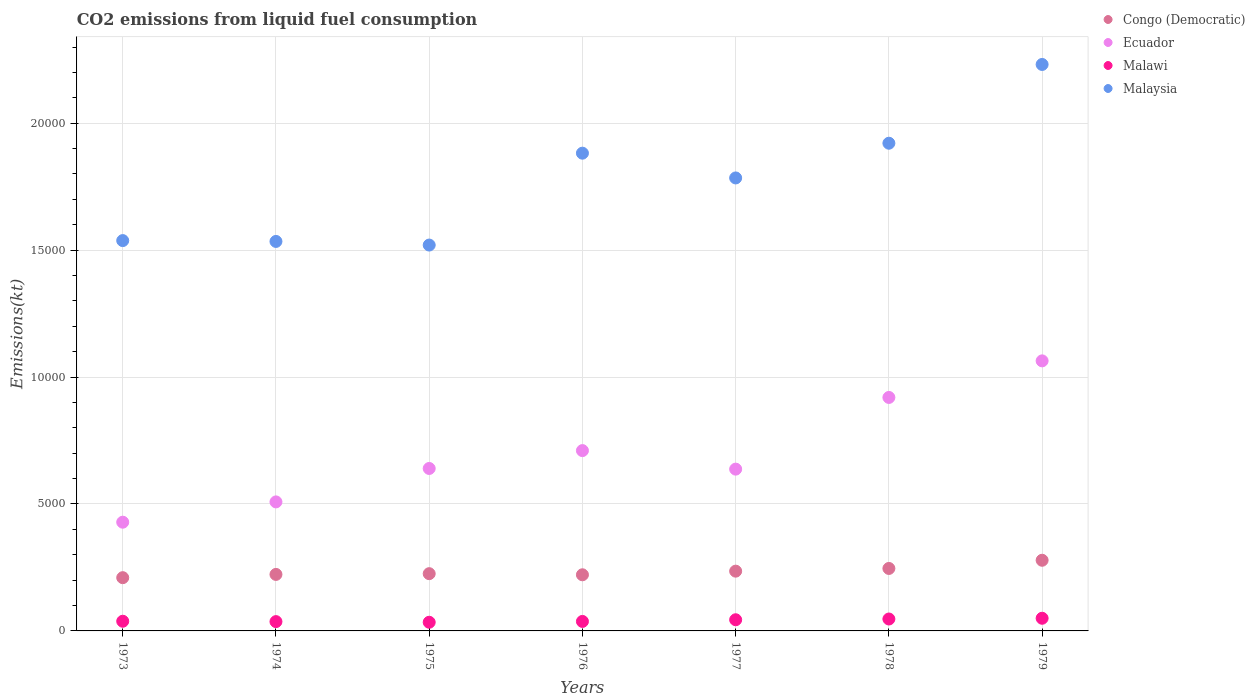
| Years | Congo (Democratic) | Ecuador | Malawi | Malaysia |
 | --- | --- | --- | --- | --- |
 | 1973 | 2.1e+03 | 4.28e+03 | 381 | 1.54e+04 |
 | 1974 | 2.23e+03 | 5.08e+03 | 367 | 1.53e+04 |
 | 1975 | 2.26e+03 | 6.4e+03 | 341 | 1.52e+04 |
 | 1976 | 2.21e+03 | 7.1e+03 | 374 | 1.88e+04 |
 | 1977 | 2.35e+03 | 6.37e+03 | 440 | 1.78e+04 |
 | 1978 | 2.46e+03 | 9.2e+03 | 469 | 1.92e+04 |
 | 1979 | 2.78e+03 | 1.06e+04 | 499 | 2.23e+04 |